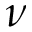
\nu